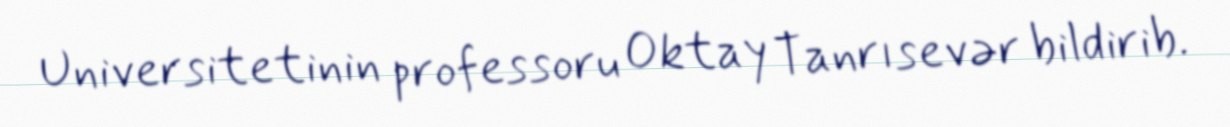
Universitetinin professoru Oktay Tanrısevər bildirib.